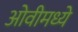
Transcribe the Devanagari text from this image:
ओवीमध्ये